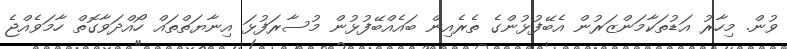
ވުން. މިހާރު އަޑުތަކާމަންޒަރުން އެބޭފުޅުންގެ ތެރެއިން ބައެއްބޭފުޅުން މުސާރަފުޅަ އިނާޔަތްތައް ހޯއްދަވާގޮތް ހާމަވެއްޖެ